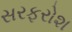
સરફરોશ